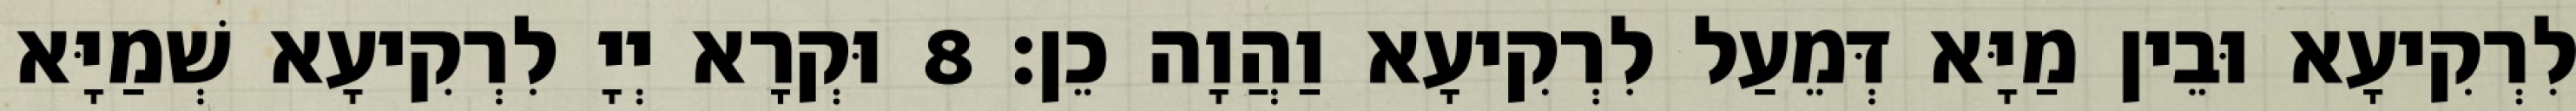
לִרְקִיעָא וּבֵין מַיָּא דְּמֵעַל לִרְקִיעָא וַהֲוָה כֵן׃ 8 וּקְרָא יְיָ לִרְקִיעָא שְׁמַיָּא